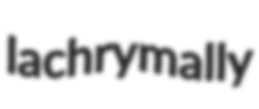
lachrymally